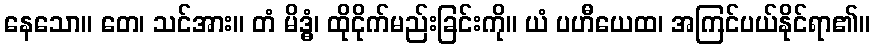
နေသော။ တေ၊ သင်အား။ တံ မိဒ္ဓံ၊ ထိုငိုက်မည်းခြင်းကို။ ယံ ပဟီယေထ၊ အကြင်ပယ်နိုင်ရာ၏။